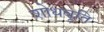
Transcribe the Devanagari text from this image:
शोधवृति